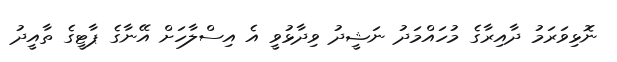
ނޮޅިވަރަމު ދާއިރާގެ މުހައްމަދު ނަޝީދު ވިދާޅުވީ އެ އިސްލާހަށް އޭނާގެ ޕާޓީގެ ތާއީދު